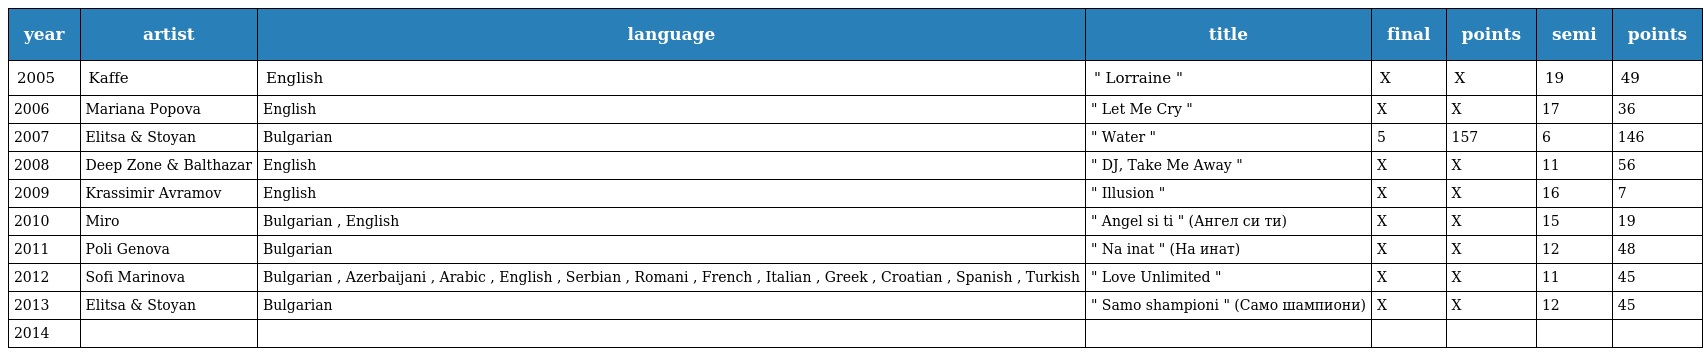
| year | artist | language | title | final | points | semi | points |
 | --- | --- | --- | --- | --- | --- | --- | --- |
 | 2005 | Kaffe | English | " Lorraine " | X | X | 19 | 49 |
 | 2006 | Mariana Popova | English | " Let Me Cry " | X | X | 17 | 36 |
 | 2007 | Elitsa & Stoyan | Bulgarian | " Water " | 5 | 157 | 6 | 146 |
 | 2008 | Deep Zone & Balthazar | English | " DJ, Take Me Away " | X | X | 11 | 56 |
 | 2009 | Krassimir Avramov | English | " Illusion " | X | X | 16 | 7 |
 | 2010 | Miro | Bulgarian , English | " Angel si ti " (Ангел си ти) | X | X | 15 | 19 |
 | 2011 | Poli Genova | Bulgarian | " Na inat " (На инат) | X | X | 12 | 48 |
 | 2012 | Sofi Marinova | Bulgarian , Azerbaijani , Arabic , English , Serbian , Romani , French , Italian , Greek , Croatian , Spanish , Turkish | " Love Unlimited " | X | X | 11 | 45 |
 | 2013 | Elitsa & Stoyan | Bulgarian | " Samo shampioni " (Само шампиони) | X | X | 12 | 45 |
 | 2014 |  |  |  |  |  |  |  |